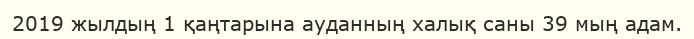
2019 жылдың 1 қаңтарына ауданның халық саны 39 мың адам.